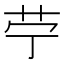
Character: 𦬪